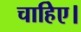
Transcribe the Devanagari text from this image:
चाहिेए।